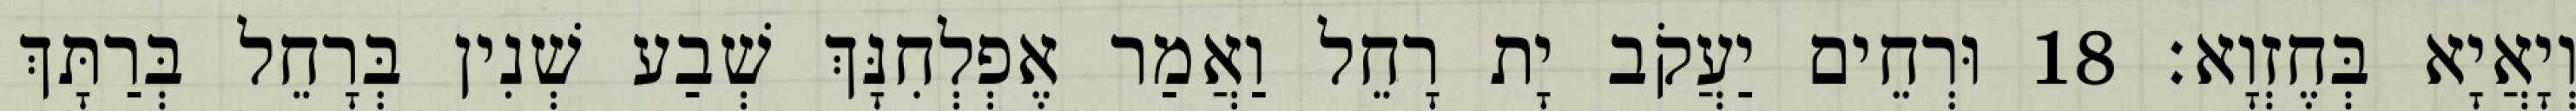
וְיָאֲיָא בְּחֶזְוָא׃ 18 וּרְחֵים יַעֲקֹב יָת רָחֵל וַאֲמַר אֶפְלְחִנָּךְ שְׁבַע שְׁנִין בְּרָחֵל בְּרַתָּךְ